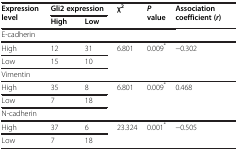
<table><thead><tr><td><b>Expression level</b></td><td colspan="2"><b>Gli2 expression</b></td><td><b>χ<sup>2</sup></b></td><td><b><i>P </i>value</b></td><td><b>Association coefficient (<i>r</i>)</b></td></tr><tr><td><b> </b></td><td><b>High</b></td><td><b>Low</b></td><td><b> </b></td><td><b> </b></td><td><b> </b></td></tr></thead><tbody><tr><td>E-cadherin</td><td colspan="5"> </td></tr><tr><td>High</td><td>12</td><td>31</td><td>6.801</td><td>0.009<sup>*</sup></td><td>−0.302</td></tr><tr><td>Low</td><td>15</td><td>10</td><td> </td><td> </td><td> </td></tr><tr><td>Vimentin</td><td colspan="5"> </td></tr><tr><td>High</td><td>35</td><td>8</td><td>6.801</td><td>0.009<sup>*</sup></td><td>0.468</td></tr><tr><td>Low</td><td>7</td><td>18</td><td> </td><td> </td><td> </td></tr><tr><td>N-cadherin</td><td colspan="5"> </td></tr><tr><td>High</td><td>37</td><td>6</td><td>23.324</td><td>0.001<sup>*</sup></td><td>−0.505</td></tr><tr><td>Low</td><td>7</td><td>18</td><td> </td><td> </td><td> </td></tr></tbody></table>